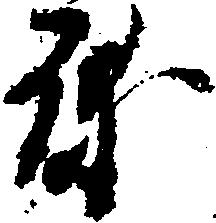
儀